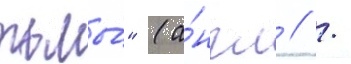
тьмы́" (а́нгл // /